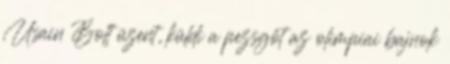
Usain Bolt üzent, küldi a pezsgőt az olimpiai bajnok